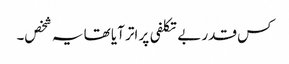
کس قدر بے تکلفی پر اتر آیا تھا یہ شخص۔